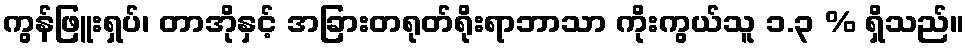
ကွန်ဖြူးရှပ်၊ တာအိုနှင့် အခြားတရုတ်ရိုးရာဘာသာ ကိုးကွယ်သူ ၁.၃ % ရှိသည်။